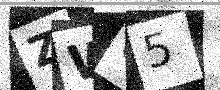
Text: ZWU5